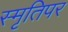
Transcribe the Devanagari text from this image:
स्मृतिपर